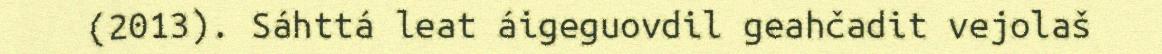
(2013). Sáhttá leat áigeguovdil geahčadit vejolaš